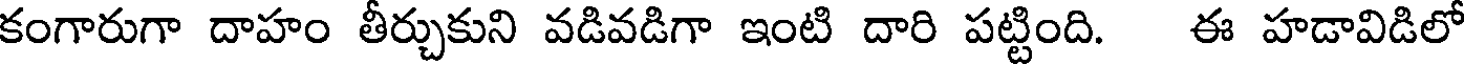
కంగారుగా దాహం తీర్చుకుని వడివడిగా ఇంటి దారి పట్టింది. ఈ హడావిడిలో